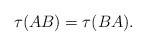
LaTeX: \begin{align*}\tau(AB)=\tau(BA).\end{align*}